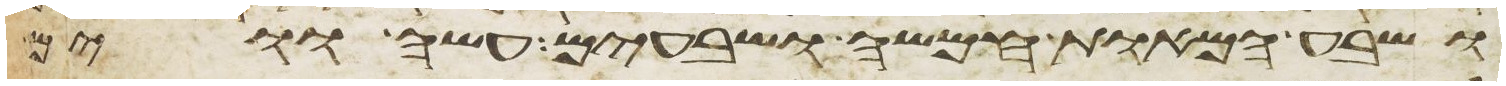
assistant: ושבע המאות חמשה ושבעים עשה ווים